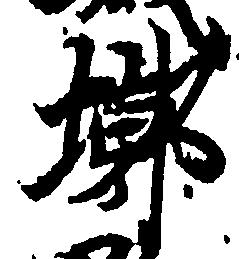
郭